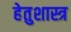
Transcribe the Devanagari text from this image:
हेतुशास्त्र